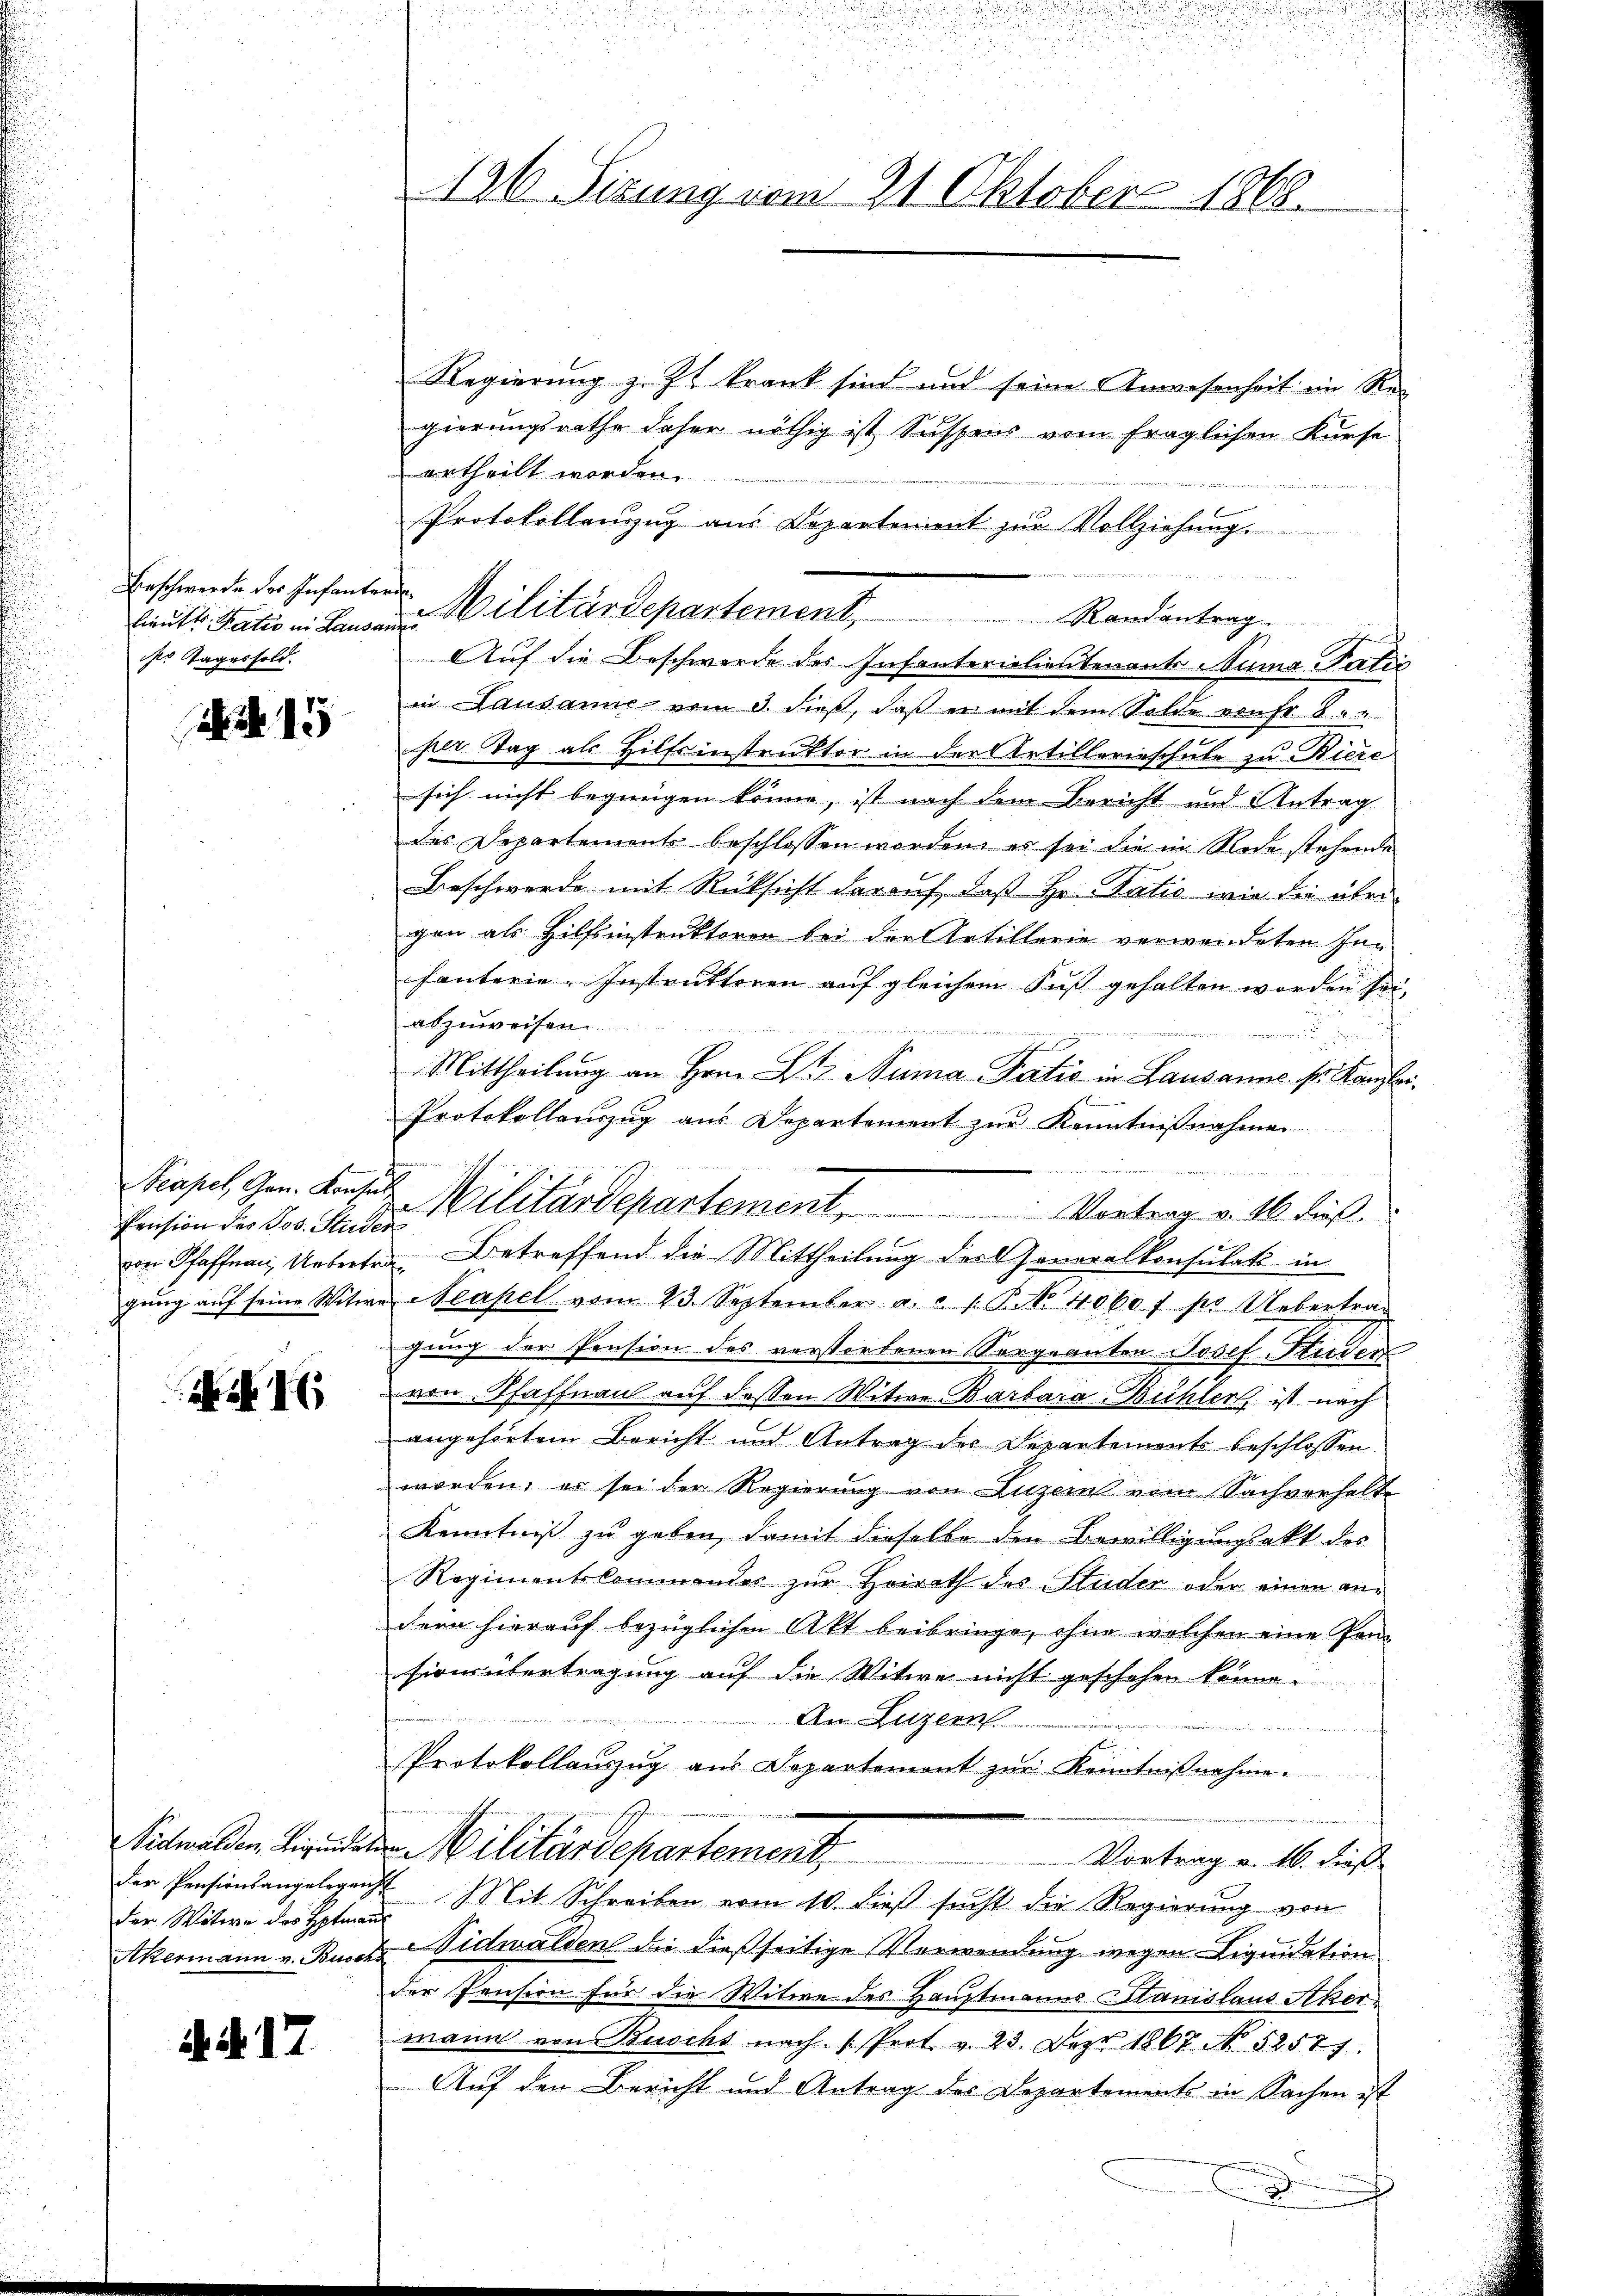
Lieutt Satis in Lausanne
r Tages sold.

15

Pension des Jos. Stud

M 16

Vidwalden, Liquider
der Witwe des Hptman
Akermann v. Busch

.d. 17.

Regierung z. Z. krank sind und seine Anwesenheit im Regierungsrathe daher nöthig ist Suspens vom fraglichen Kurse
urtheilt worden.
Protokollenzug aus Departement zŭr Vollziehŭng.
Beschwerde der Infanten Militärdepartement, Randantrag.
Auf die Beschwerde des Insanterialientenants una Patie
in Lausanne vom 3. dieß, daß er mit dem Solde von Fr. 8. d. 2
per Tag als Hilfsinstruktor in der Artillerieschule zu Biere
sich nicht begnügen könne, ist nach dem Bericht und Antrag
des Departements beschlossen worden, es sei die in Rede stehende
Beschwerde mit Rücksicht darauf, daß Hr. Patie wie die über
gen als Hilfsinstruktoren bei der Artillerie verwendeten Infanterie-Instrutteren aŭf gleichem Fuß gehalten worden sei,
abzuweisen.

a

Mittheilung an Hrn. B. Numa Patio in Lausanne sr. Kanzlei.
Protokollauszug aus Departement zur Kenntnißnahmen
.
0
von Pfaffnau, Ueberten Betreffend die Mittheilung der Generalkonsulats in
gŭng aŭf seine Witwe Neapel vom 23. September a. c. 1. P. 4060 f pr Uebertrag
gung der Pension des verstorbenen Sorgeanten Josef Stieden
von Pfaffnau auf dessen Witwe Barbara Bühler ist nach
angehörtem Bericht und Antrag des Departements beschlossen
worden, es sei der Regierung von Luzern vom Sachverhalte
Kenntniß zu geben, damit dieselbe den Bewilligungsakt des
Regimentskommendes zur Heirath des Studer oder einen andern hierauf bezüglichen Akt beibringe, ohne welchen eine Pom
hirn übertragung auf die Witwe nicht geschehen könne.
An Luzern
Protokollauszug aus Departement zur Kenntnißnahme.
2 Militärdepartement
Vortrag v. 16. dieß
der Pensionsangelegenst Mit Schreiben vom 10. dieβ sŭcht die Regierŭng von
uf
 Nidwalden die dießseitige Verwendung wegen Liquidation
der Pension für die Witwe des Hauptmanns Stanislaus Acker.
wann von Buschs nach (Prot. v. 23. Dez. 1867 No 52577.
Auf den Bericht und Antrag des Departements in Sachen ist
.

196. Sizung vom 21. Oktober 1868.

Kapel gen. Diese Militärdepartement, Vortrag v. 16. dieß.

i